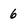
Character: 6